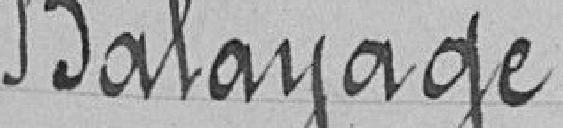
Balayage.